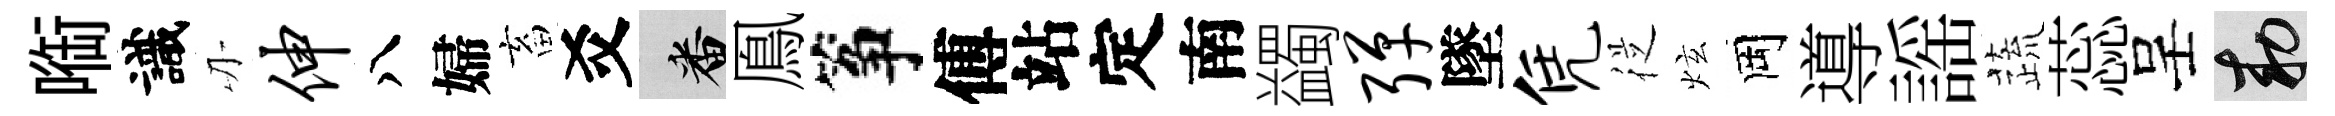
㗸識刃伸八婦畜爻番鳯筝傅站定南蠲弹墜凭従炫岡導謡蔬蕊呈敕